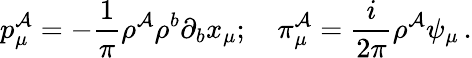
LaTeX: p_{\mu}^{\mathcal{A}}=-\frac{{1}}{{\pi}}\rho^{\mathcal{A}}\rho^{b}\partial_{b}x_{\mu};\quad\pi_{\mu}^{\mathcal{A}}=\frac{{i}}{{2\pi}}\rho^{\mathcal{A}}\psi_{\mu}\, .